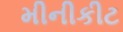
મીનીકીટ